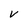
Character: V